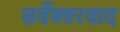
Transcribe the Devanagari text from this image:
सर्वेश्‍वरवाद